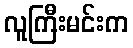
လူကြီးမင်းက